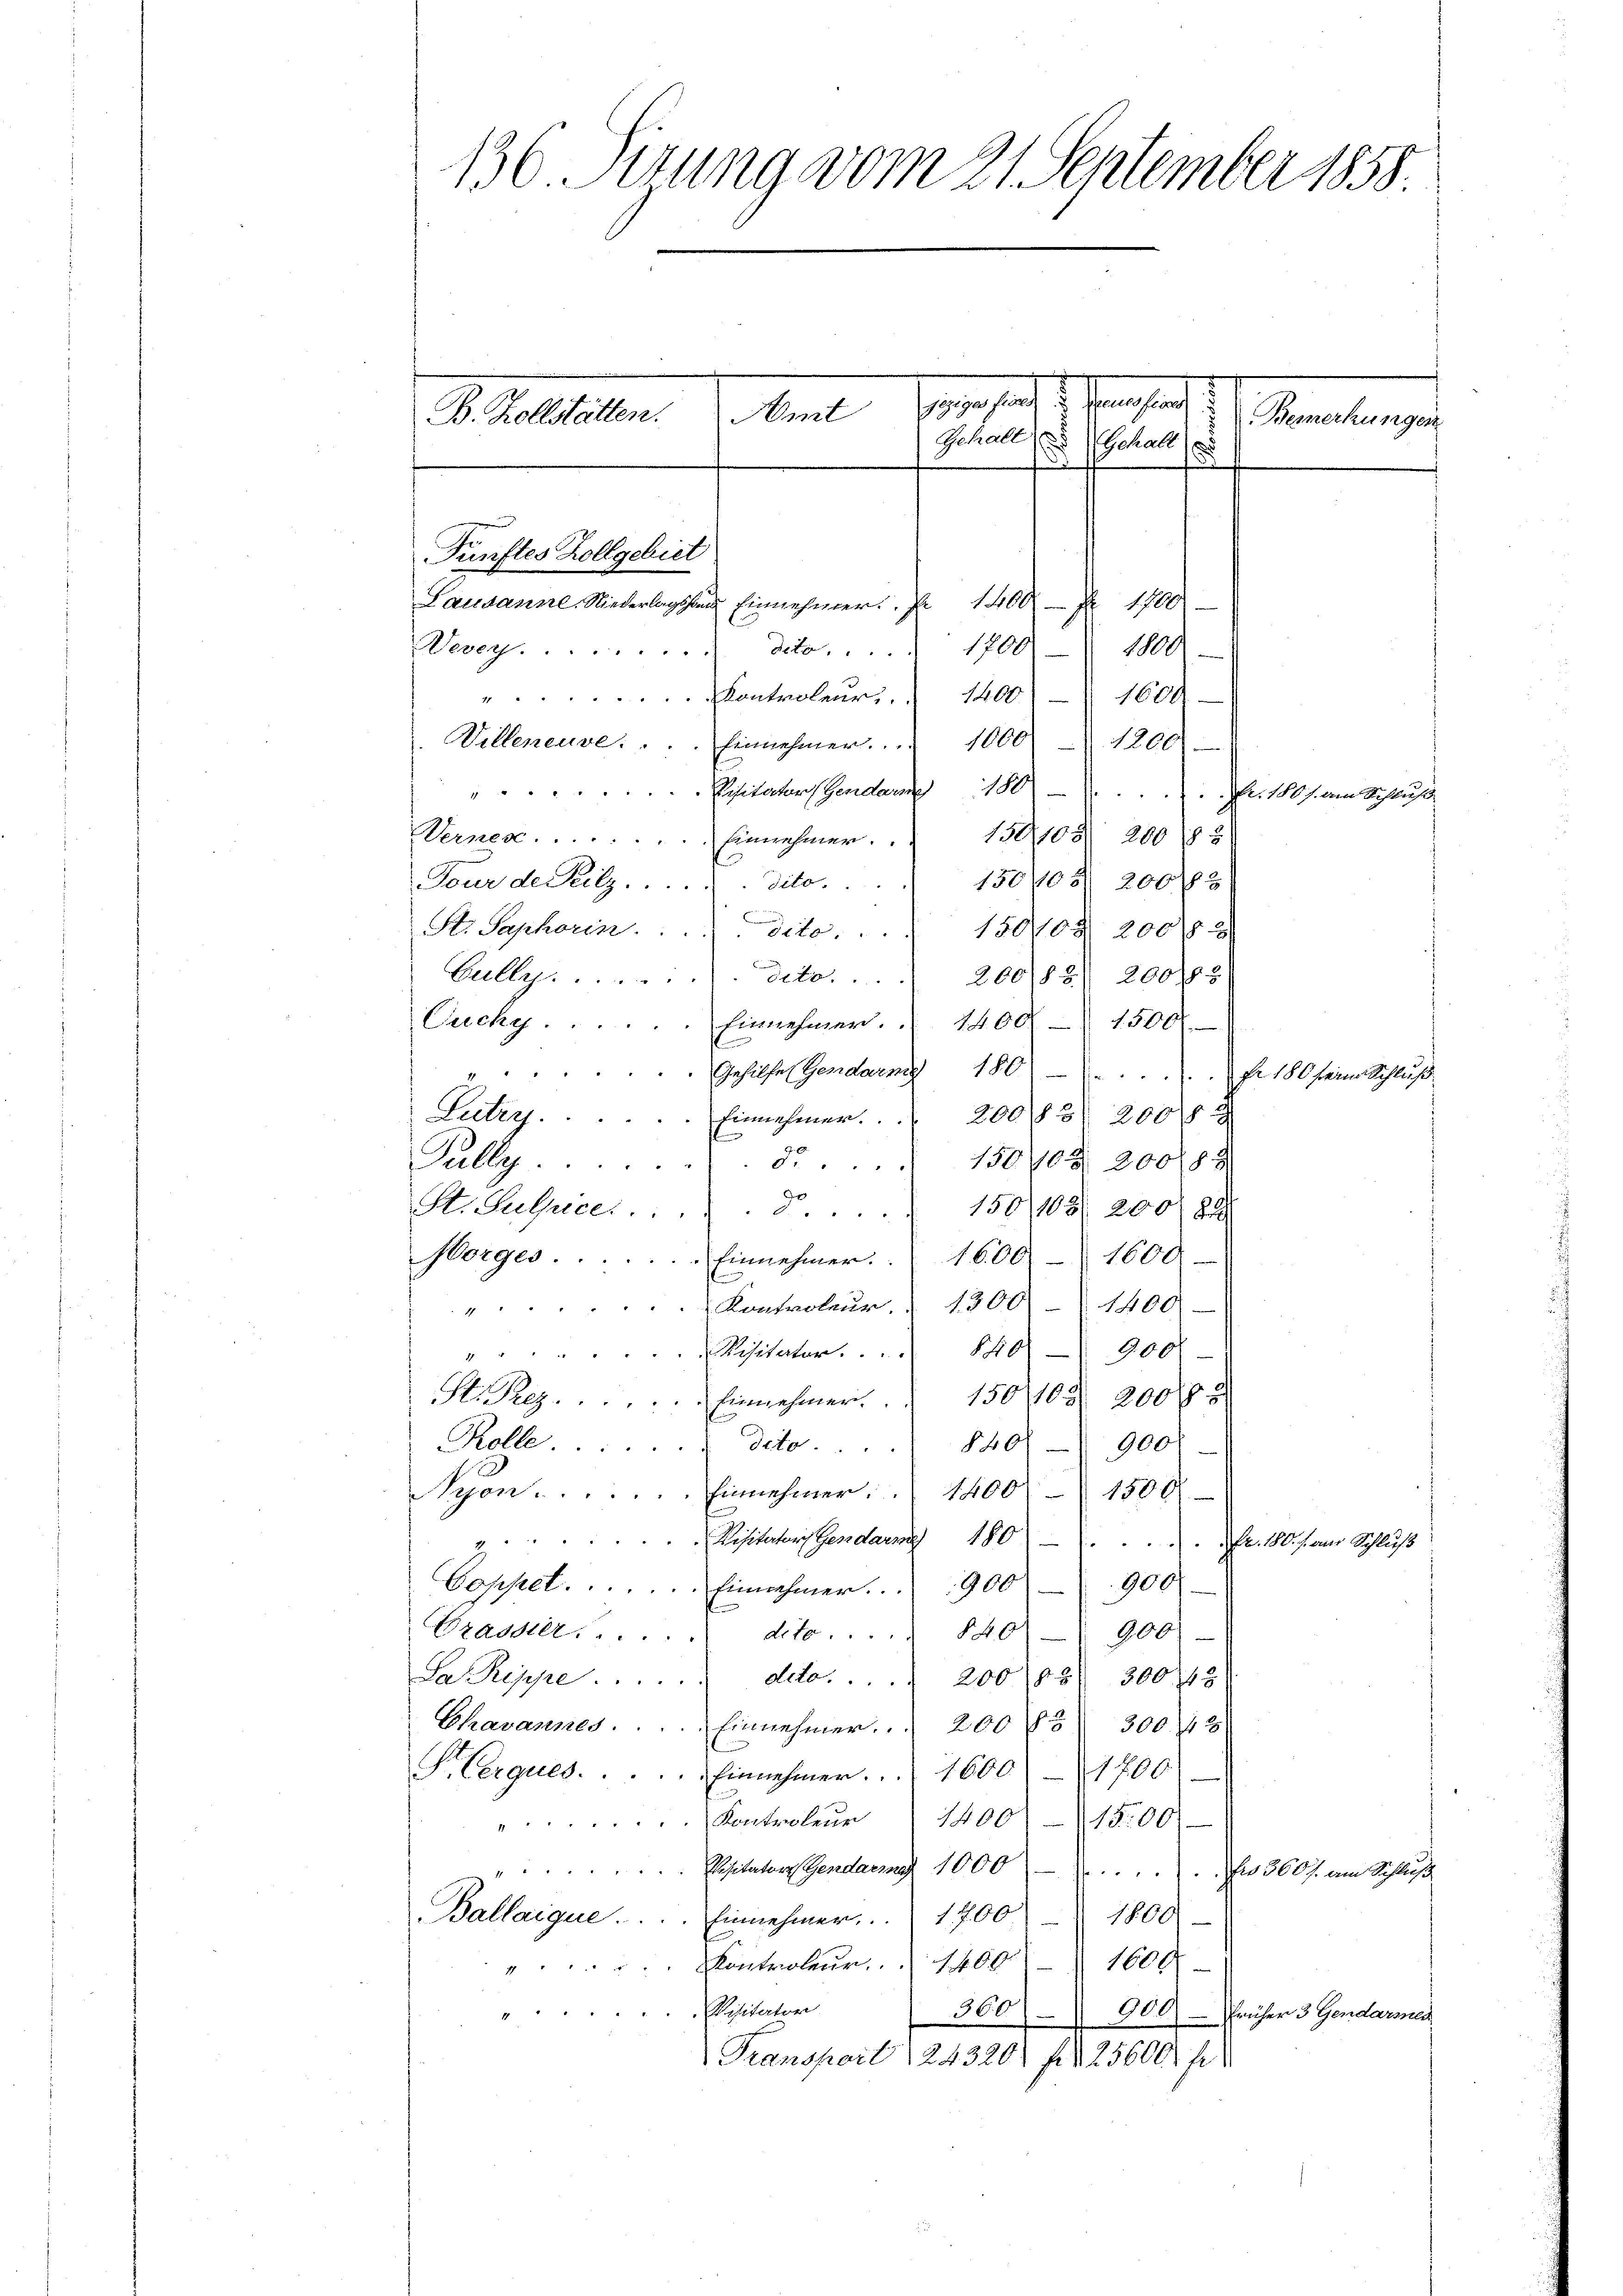
136 Sizung vom 21. September 1858.

B. Zollstätten.

id es anhard
Amt
d. Kantone
Gehalt
Gehalt
d
.

Fünftes Zollgebiet

Lausanne, Niederlagshand Einnehmer.  1400 f 17000
1000
Wevey . . . . . deto ... 1700
Kontroleurs. 1400 1600
Villeneuve. . . . Einnehmer. 1000 - 1200
ehitector Gerdar 180
Fr. 180. am Schluß
Verner.  .. ..  ..  ..  ..  ..  ..   Einnehmer.   130108. 200 f 3
150/05 200 f 3
Tour de Peilz.  .. . . . . dito.
Str. Saphorin. . . . dito. . . . 150103 200 f 2
Cully.  .. ...dito. 20088) 200183)
Cucky . . . . . . Einnehmer.  1400 - 1500.
"Gehilfe (Gendarmg 180 fr 180 seine Schluß
Lutry.  ..  ..  ..  ..   Einnehmer. 20083 2000 x
d. 150703 200188
Pully.  .....
St. Suljcer §. 150108. 200. 81.
Horges . . . . . . Einnehmer.   1600 - 1600
e
Kontroleur.  1300 - 1400.
"
Visitator. 840 900.
1
M. Peez . . . . . . . . . . . . . . Einnehmer. 1500 x 200 f
Rolle  ..  ..  ..  ..  .   deto . . . . 840 900
Nyon . . . . . . . . Einnehmer.   1400 - 1500
Visitater Gendars 180
Nr. 180. / aus Schluß
2.
Coppel.  .. ..  ..   Einnahmer.  900 900
Braddedito 840
200
Da Puppe . . . . . . .                  deto 200/25 300,43
Chavannes . . . . . Einnehmer.  200 f 300 f 3
S.Verques. . . . . . Einnehmen. 1600 - 1700
Kontroleŭr 1400 § 15,00
2
Visitator Gendarme 1000 . . . . 3607. am Schluß
Ballaique. ... Einnehmer. 1700
1800
". Kontroleur, 1400 1600
Visitator
300

900) - früher 3 Gendarmen
Transport 1243201 f. 125600 fr